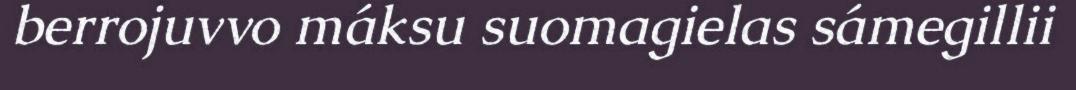
berrojuvvo máksu suomagielas sámegillii